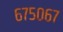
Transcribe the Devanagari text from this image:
६७५०६७